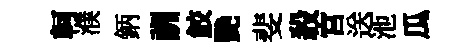
軻濮鈵詶鮫艷斐殺宫送池瓜